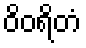
ဝိဝရိတံ